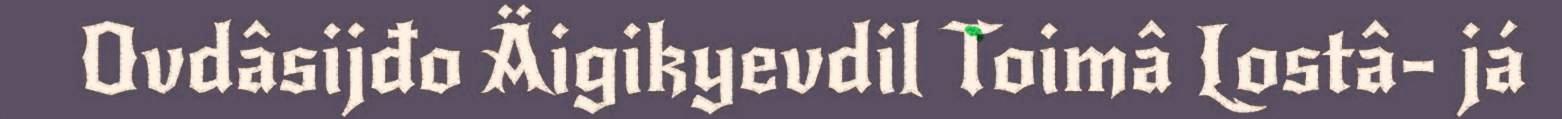
Ovdâsijđo Äigikyevdil Toimâ Lostâ- já